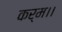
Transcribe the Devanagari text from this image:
कर्म।।